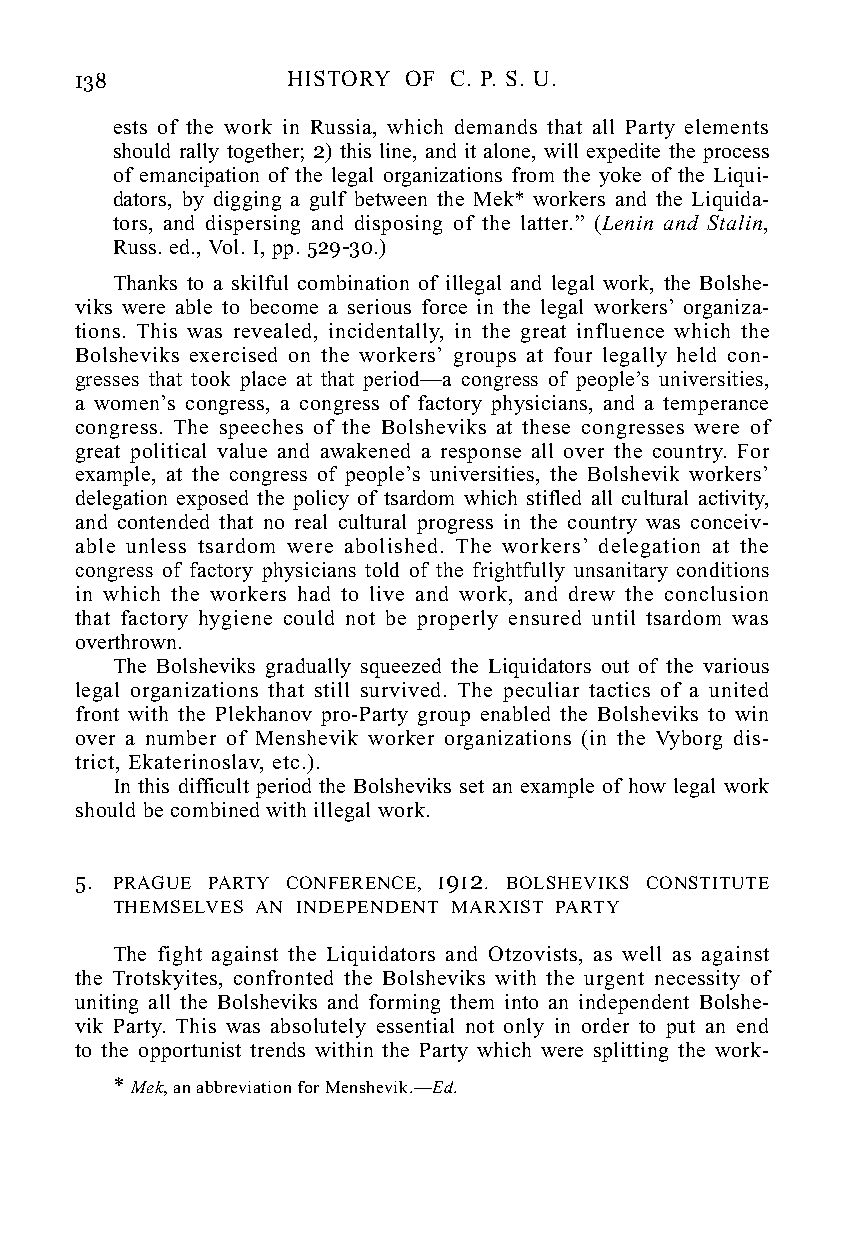
138           HISTORY OF C. P. S. U.
 ests of the work in Russia, which demands that all Party elements
 should rally together; 2) this line, and it alone, will expedite the process
 of emancipation of the legal organizations from the yoke of the Liqui-
 dators, by digging a gulf between the Mek* workers and the Liquida-
 tors, and dispersing and disposing of the latter.” (Lenin and Stalin,
 Russ. ed., Vol. I, pp. 529-30.)
 Thanks to a skilful combination of illegal and legal work, the Bolshe-
 viks were able to become a serious force in the legal workers’ organiza-
 tions. This was revealed, incidentally, in the great influence which the
 Bolsheviks exercised on the workers’ groups at four legally held con-
 gresses that took place at that period—a congress of people’s universities,
 a women’s congress, a congress of factory physicians, and a temperance
 congress. The speeches of the Bolsheviks at these congresses were of
 great political value and awakened a response all over the country. For
 example, at the congress of people’s universities, the Bolshevik workers’
 delegation exposed the policy of tsardom which stifled all cultural activity,
 and contended that no real cultural progress in the country was conceiv-
 able unless tsardom were abolished. The workers’ delegation at the
 congress of factory physicians told of the frightfully unsanitary conditions
 in which the workers had to live and work, and drew the conclusion
 that factory hygiene could not be properly ensured until tsardom was
 overthrown.
 The Bolsheviks gradually squeezed the Liquidators out of the various
 legal organizations that still survived. The peculiar tactics of a united
 front with the Plekhanov pro-Party group enabled the Bolsheviks to win
 over a number of Menshevik worker organizations (in the Vyborg dis-
 trict, Ekaterinoslav, etc.).
 In this difficult period the Bolsheviks set an example of how legal work
 should be combined with illegal work.
 5. PRAGUE PARTY CONFERENCE, I9I2. BOLSHEVIKS CONSTITUTE
 THEMSELVES AN INDEPENDENT MARXIST PARTY
 The fight against the Liquidators and Otzovists, as well as against
 the Trotskyites, confronted the Bolsheviks with the urgent necessity of
 uniting all the Bolsheviks and forming them into an independent Bolshe-
 vik Party. This was absolutely essential not only in order to put an end
 to the opportunist trends within the Party which were splitting the work-
 * Mek, an abbreviation for Menshevik.—Ed.